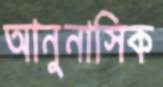
আনুনাসিক